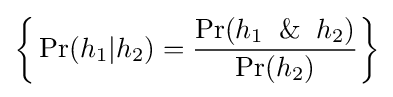
{\bigg \{}\Pr(h_{1}|h_{2})={\frac {\Pr(h_{1}\And h_{2})}{\Pr(h_{2})}}{\bigg \}}